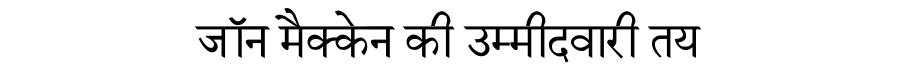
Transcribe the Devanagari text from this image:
जॉन मैक्केन की उम्मीदवारी तय